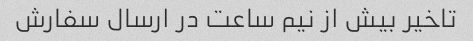
تاخیر بیش از نیم ساعت در ارسال سفارش